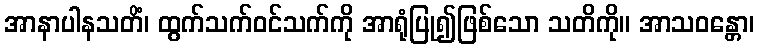
အာနာပါနသတိံ၊ ထွက်သက်ဝင်သက်ကို အာရုံပြု၍ဖြစ်သော သတိကို။ အာသဝန္တော၊